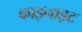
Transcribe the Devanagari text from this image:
काइनाइट